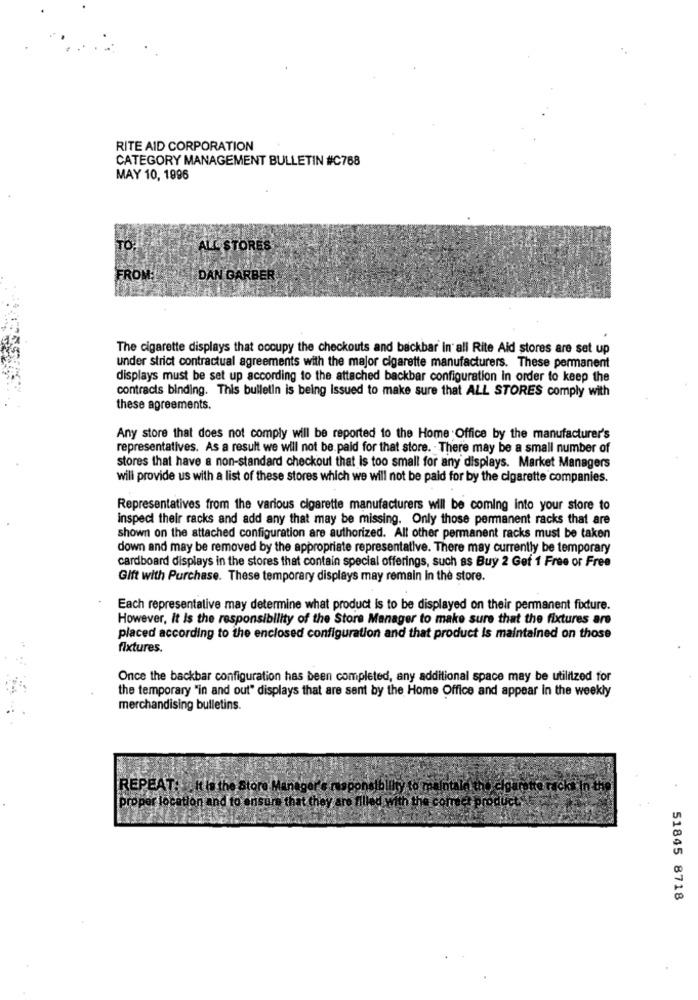
RITE AID CORPORATION
CATEGORY MANAGEMENT BULLETIN #C768
MAY 10, 1996
TO:
ALL STORES
FROM
DAN GARBER
The cigarette displays that occupy the checkouts and backbar in' all Rite Aid stores are set up
under strict contractual agreements with the major cigarette manufacturers. These permanent
displays must be set up according to the attached backbar configuration In order to keep the
contracts binding. This bulletin is being Issued to make sure that ALL STORES comply with
these agreements.
Any store that does not comply will be reported to the Home Office by the manufacturer's
representatives. As a result we will not be.paid for that store. There may be a small number of
stores that have a non-standard checkout that is too small for any displays. Market Managers
will provide us with a list of these stores which we will not be paid for by the cigarette companies.
Representatives from the various cigarette manufacturers will be coming into your store to
inspect their racks and add any that may be missing. Only those permanent racks that are
shown on the attached configuration are authorized. All other permanent racks must be taken
down and may be removed by the appropriate representative. There may currently be temporary
cardboard displays in the stores that contain special offerings, such as Buy 2 Get 1 Free or Free
Gift with Purchase. These temporary displays may remain in the store.
Each representative may determine what product is to be displayed on their permanent fixture.
However, It is the responsibility of the Store Manager to make sure that the fixtures are
placed according to the enclosed configuration and that product is maintained on those
fixtures.
Once the backbar configuration has been completed, any additional space may be utilized for
the temporary "in and out" displays that are sent by the Home Office and appear in the weekly
merchandising bulletins.
REPEAT: . It is the Store Manager's responsibility to maintain the cigarette racks In the
proper location and to ensure that they are filled with the comet product
51845 8718